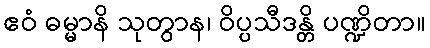
ဧဝံ ဓမ္မာနိ သုတွာန၊ ဝိပ္ပသီဒန္တိ ပဏ္ဍိတာ။